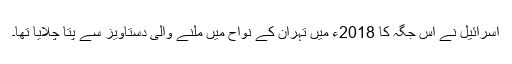
اسرائیل نے اس جگہ کا 2018ء میں تہران کے نواح میں ملنے والی دستاویز سے پتا چلایا تھا۔